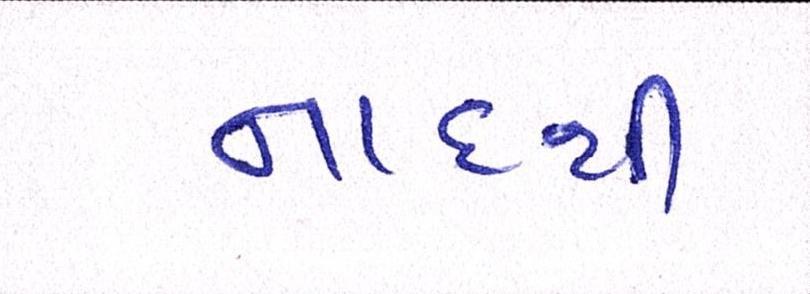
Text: નાદથી